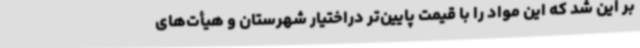
بر این شد که این مواد را با قیمت پایین‌تر دراختیار شهرستان و هیأت‌های